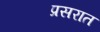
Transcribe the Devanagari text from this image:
प्रसरात